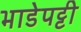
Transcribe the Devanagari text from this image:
भाडेपट्टी